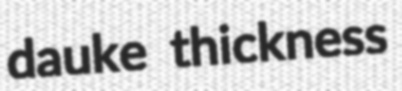
dauke thickness